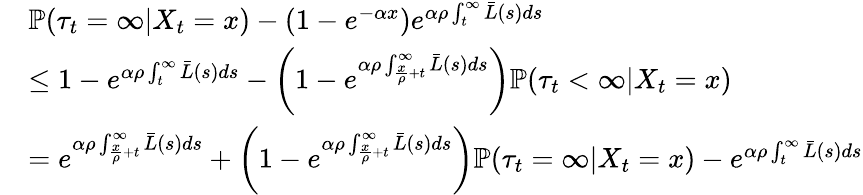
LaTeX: \begin{array}{rl}&{\mathbb{P}(\tau_{t}=\infty|X_{t}=x)-(1-e^{-\alpha x})e^{\alpha\rho\int_{t}^{\infty}\bar{L}(s)ds}}\\ &{\leq 1-e^{\alpha\rho\int_{t}^{\infty}\bar{L}(s)ds}-\left(1-e^{\alpha\rho\int_{\frac{x}{\rho}+t}^{\infty}\bar{L}(s)ds}\right)\mathbb{P}(\tau_{t}<\infty|X_{t}=x)}\\ &{=e^{\alpha\rho\int_{\frac{x}{\rho}+t}^{\infty}\bar{L}(s)ds}+\left(1-e^{\alpha\rho\int_{\frac{x}{\rho}+t}^{\infty}\bar{L}(s)ds}\right)\mathbb{P}(\tau_{t}=\infty|X_{t}=x)-e^{\alpha\rho\int_{t}^{\infty}\bar{L}(s)ds}}\end{array}